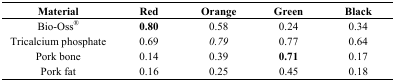
<table><thead><tr><td><b>Material</b></td><td><b>Red</b></td><td><b>Orange</b></td><td><b>Green</b></td><td><b>Black</b></td></tr></thead><tbody><tr><td>Bio-Oss<sup>®</sup></td><td><b>0.80</b></td><td>0.58</td><td>0.24</td><td>0.34</td></tr><tr><td>Tricalcium phosphate</td><td>0.69</td><td><i>0.79</i></td><td>0.77</td><td>0.64</td></tr><tr><td>Pork bone</td><td>0.14</td><td>0.39</td><td><b>0.71</b></td><td>0.17</td></tr><tr><td>Pork fat</td><td>0.16</td><td>0.25</td><td>0.45</td><td>0.18</td></tr></tbody></table>